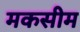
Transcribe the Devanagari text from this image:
मकसीम